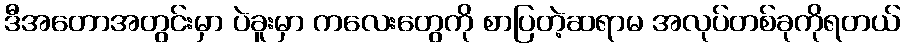
ဒီအတောအတွင်းမှာ ပဲခူးမှာ ကလေးတွေကို စာပြတဲ့ဆရာမ အလုပ်တစ်ခုကိုရတယ်